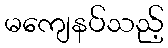
မကျေနပ်သည့်